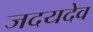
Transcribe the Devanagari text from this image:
जदयदेव